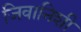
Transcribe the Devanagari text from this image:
जिवानिशी